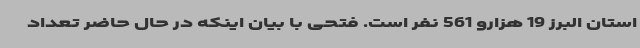
استان البرز 19 هزارو 561 نفر است. فتحی با بیان اینکه در حال حاضر تعداد